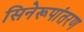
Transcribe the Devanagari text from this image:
सिनेरूपांतरण